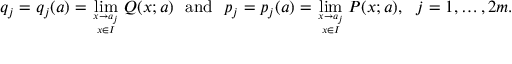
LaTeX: q _ { j } = q _ { j } ( a ) = \operatorname * { l i m } _ { x \rightarrow a _ { j } \atop x \in I } Q ( x ; a ) \ \ \mathrm { a n d } \ \ p _ { j } = p _ { j } ( a ) = \operatorname * { l i m } _ { x \rightarrow a _ { j } \atop x \in I } P ( x ; a ) , \ \ j = 1 , \ldots , 2 m .